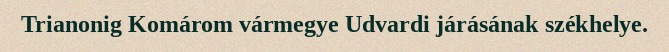
Trianonig Komárom vármegye Udvardi járásának székhelye.